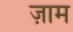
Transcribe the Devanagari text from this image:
ज़ाम